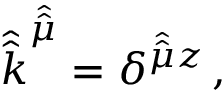
{ \hat { \hat { k } } } ^ { \hat { \hat { \mu } } } = \delta ^ { { \hat { \hat { \mu } } } z } \, ,